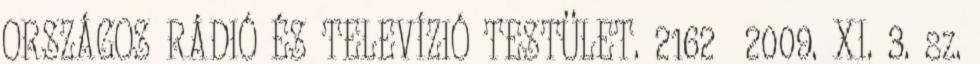
ORSZÁGOS RÁDIÓ ÉS TELEVÍZIÓ TESTÜLET. 2162 2009. XI. 3. sz.